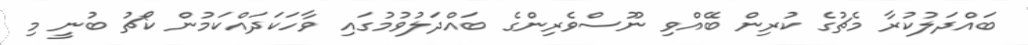
ބައްދަލުކުރާ މެޗުގެ ކުރިން ބޭއްވި ނޫސްވެރިންގެ ބައްދަލުވުމުގައި ވާހަކަދައްކަމުން ކޯޗު ބުނީ މި